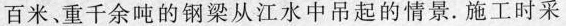
百米、重千余吨的钢梁从江水中吊起的情景。施工时采